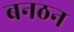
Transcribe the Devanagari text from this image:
बनठन